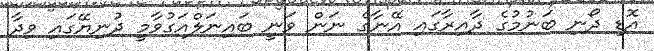
އޮޑި ދޯނި ބަނުމުގެ ދާއިރާގައި އޭނާގެ ނަން ވަނީ ބައިނަލްއަގުވާމީ ދުނިޔޭގައި ވިދާ